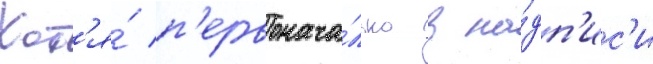
Хот'я́ п'ервонача́льно в на́дп'ис'и